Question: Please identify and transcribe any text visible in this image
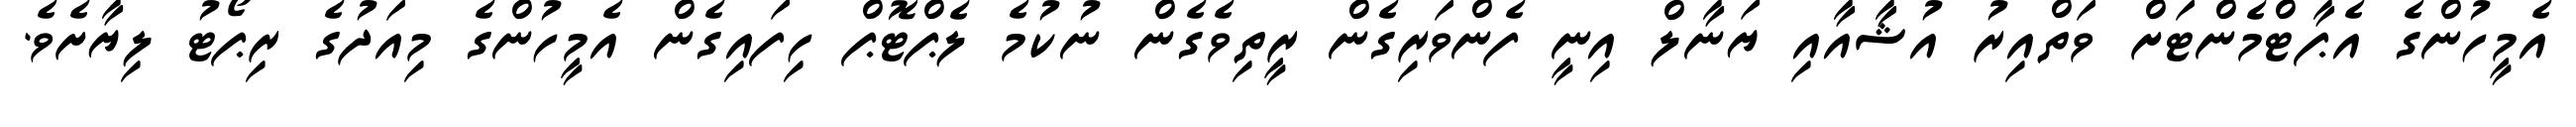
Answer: އެމީހުންގެ އެޕާޓްމެންޓަށް ވަތްއިރު އުޝާއާއި ޔަނާލް އިނީ ފެންވަރިގެން ރީތިވެގެން ނުކުމެ ލެޕްޓޮޕް ހިފައިގެން އެމީހުންގެ މިއަދުގެ ރިޕޯޓު ލިޔާށެވެ.